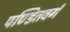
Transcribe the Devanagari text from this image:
पण्डितवर्ग